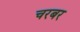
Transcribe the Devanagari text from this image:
चरबर